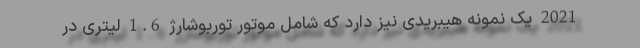
2021 یک نمونه هیبریدی نیز دارد که شامل موتور توربوشارژ 1.6 لیتری در